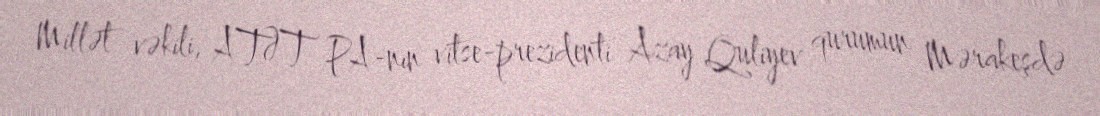
Millət vəkili, ATƏT PA-nın vitse-prezidenti Azay Quliyev qurumun Mərakeşdə